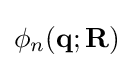
\phi _{n}(\mathbf {q} ;\mathbf {R} )